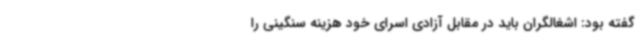
گفته بود: اشغالگران باید در مقابل آزادی اسرای خود هزینه سنگینی را